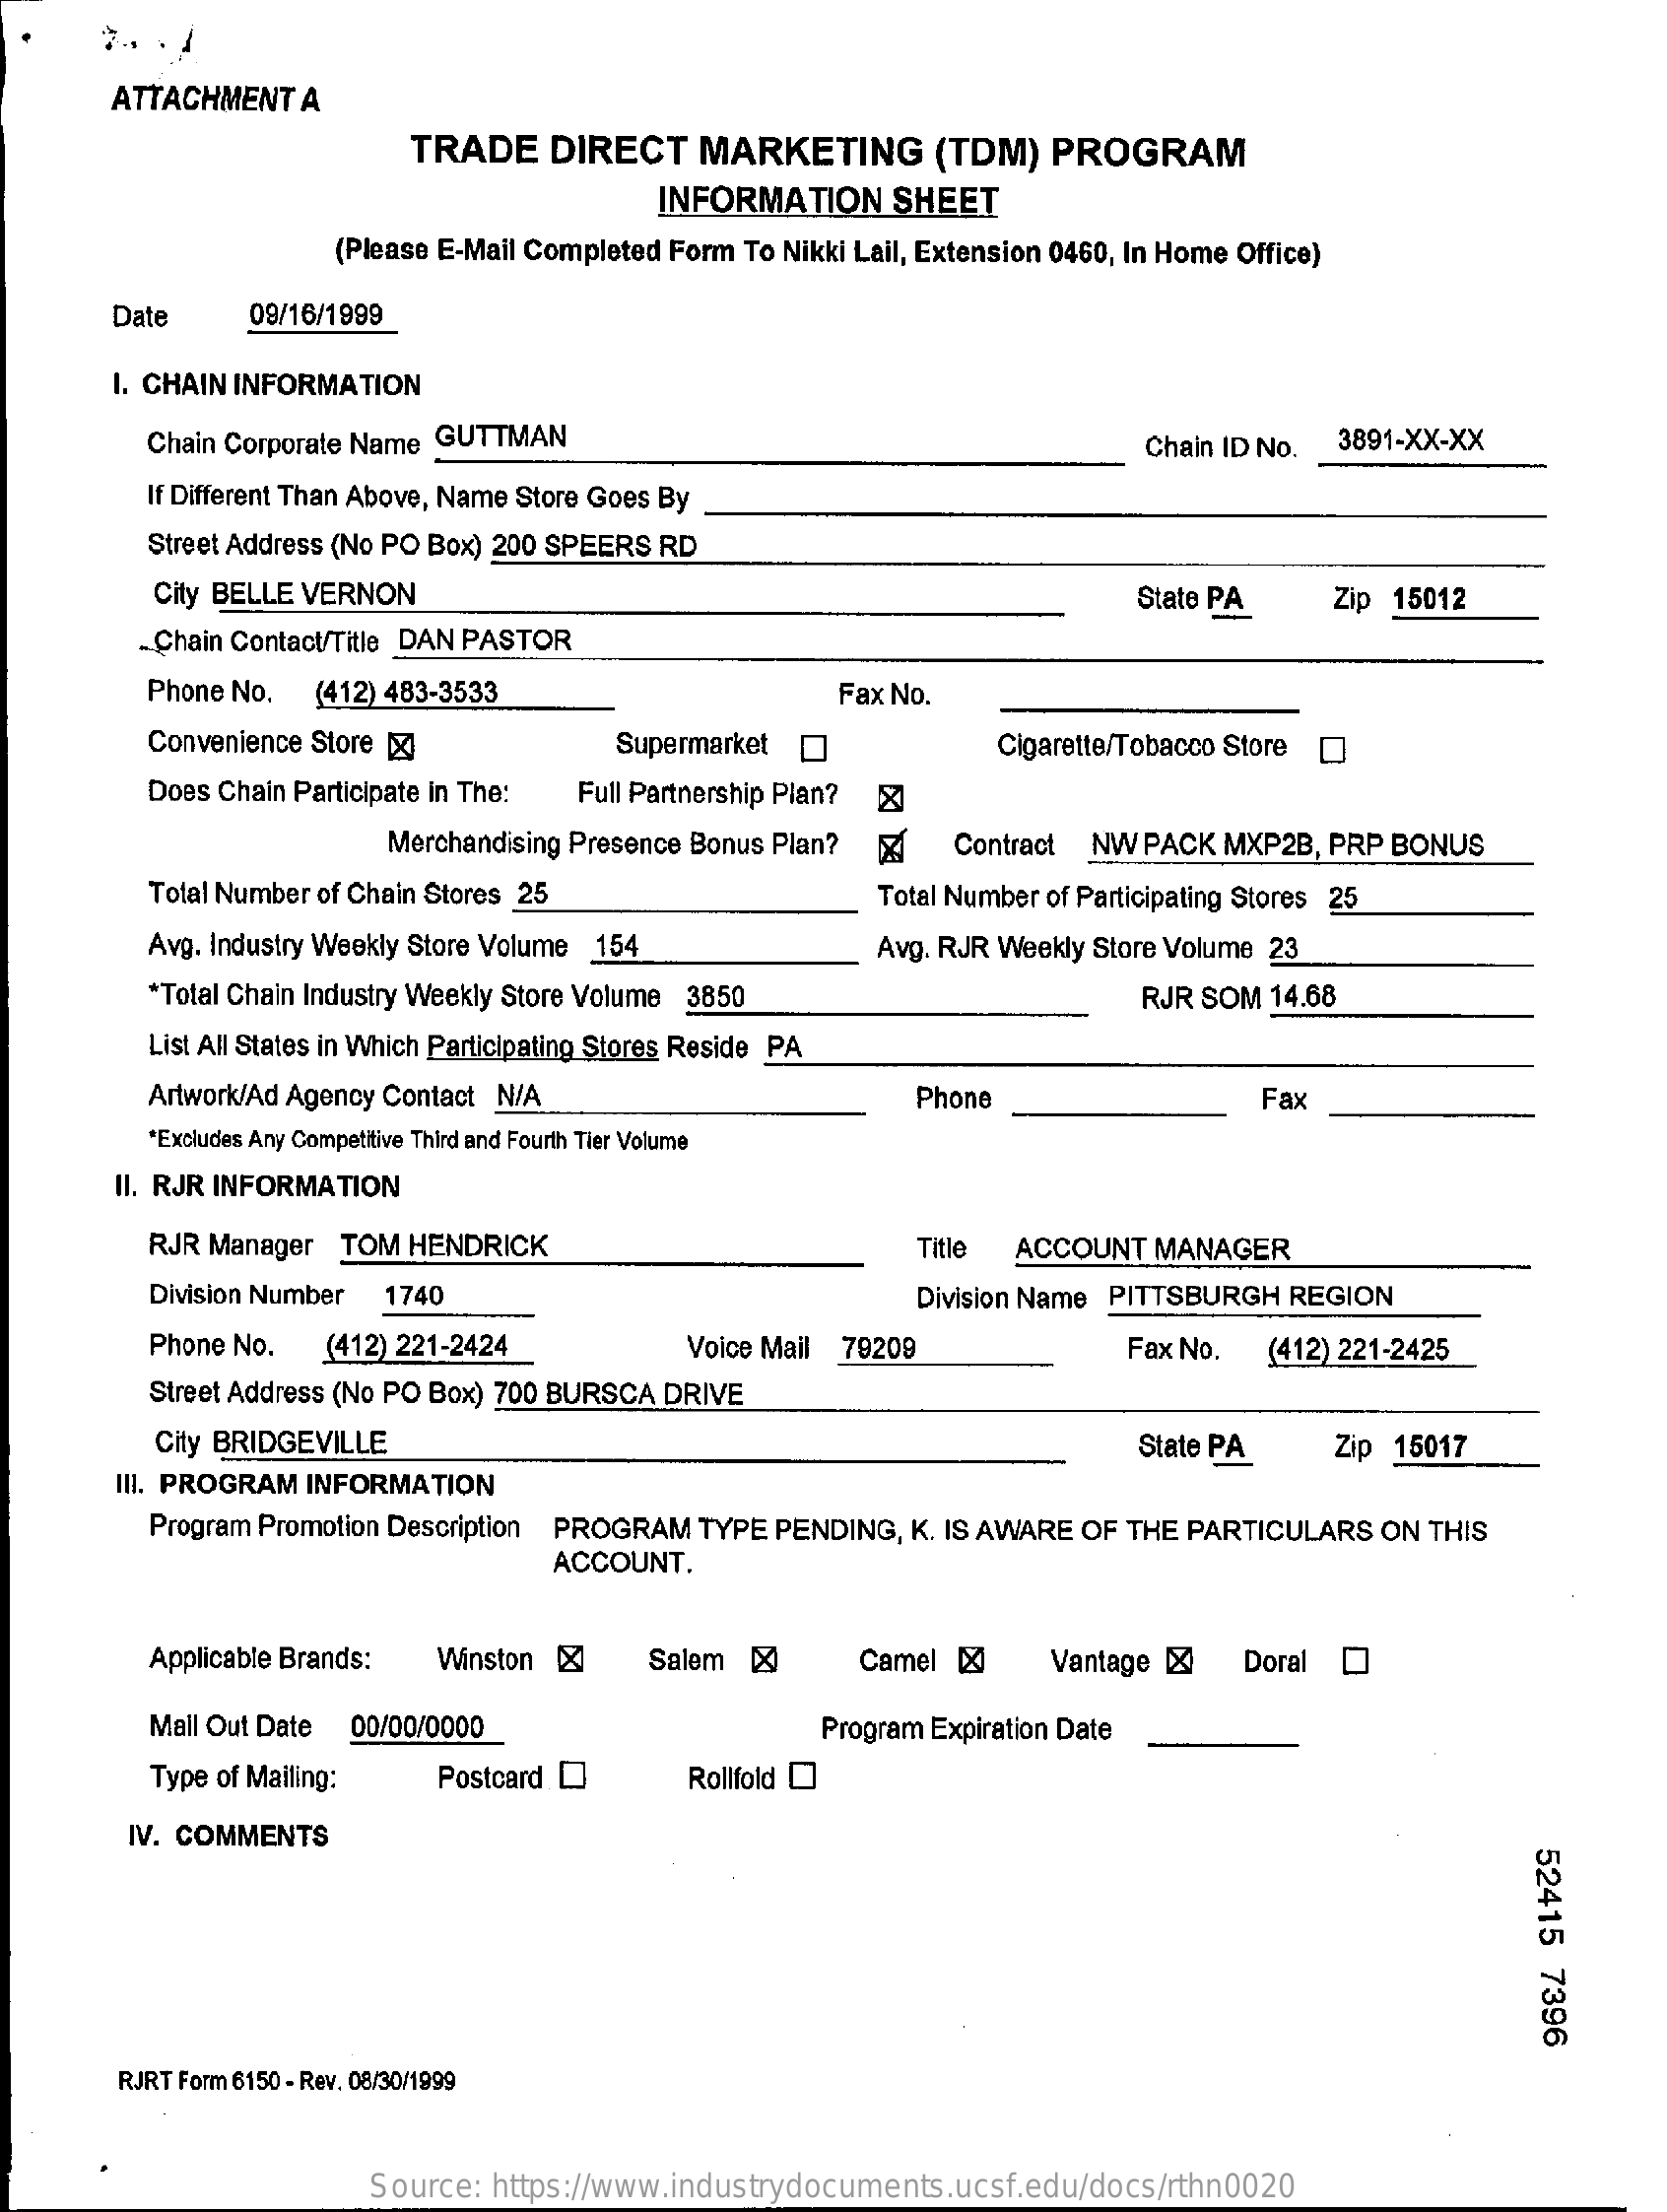
ATTACHMENT A
     TRADE  DIRECT   MARKETING    (TDM) PROGRAM
     INFORMATION  SHEET
     (Please E-Mail Completed Form To Nikki Lail, Extension 0460, In Home Office)
     Date    09/16/1999
     I. CHAIN INFORMATION
     Chain Corporate Name GUTTMAN    Chain ID No. 3891-XX-XX
     If Different Than Above, Name Store Goes By
     Street Address (No PO Box) 200 SPEERS RD
     City BELLE VERNON    State PA   Zip 15012
     - Chain Contact/Title DAN PASTOR
     Phone No. (412) 483-3533    Fax No.
     Convenience Store [X]    Supermarket    Cigarette/Tobacco Store
     Does Chain Participate in The: Full Partnership Plan?
     Merchandising Presence Bonus Plan? Contract NW PACK MXP2B, PRP BONUS
     Total Number of Chain Stores 25    Total Number of Participating Stores 25
     Avg. Industry Weekly Store Volume 154    Avg. RJR Weekly Store Volume 23
     *Total Chain Industry Weekly Store Volume 3850    RJR SOM 14.68
     List All States in Which Participating Stores Reside PA
     Artwork/Ad Agency Contact N/A    Phone    Fax
     *Excludes Any Competitive Third and Fourth Tier Volume
     II. RJR INFORMATION
     RJR Manager TOM HENDRICK    Title ACCOUNT MANAGER
     Division Number 1740    Division Name PITTSBURGH REGION
     Phone No. (412) 221-2424    Voice Mail 79209    Fax No. (412) 221-2425
     Street Address (No PO Box) 700 BURSCA DRIVE
     City BRIDGEVILLE    State PA   Zip 15017
     III. PROGRAM INFORMATION
     Program Promotion Description PROGRAM TYPE PENDING, K. IS AWARE OF THE PARTICULARS ON THIS
     ACCOUNT.
     Applicable Brands: Winston & Salem &    Camel [X]  Vantage [X Doral
     Mail Out Date 00/00/0000    Program Expiration Date
     Type of Mailing: Postcard    Rollfold
     IV. COMMENTS
     52415
     7396
     RJRT Form 6150 - Rev. 08/30/1999
     Source: https://www.industrydocuments.ucsf.edu/docs/rthn0020